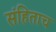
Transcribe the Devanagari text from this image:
संहिताच